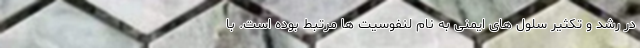
در رشد و تکثیر سلول های ایمنی به نام لنفوسیت ها مرتبط بوده است. با